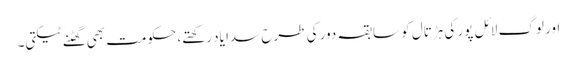
اور لوگ لائل پور کی ہڑتال کو سابقہ دور کی طرح سدا یاد رکھتے، حکومت بھی گھٹنے ٹیکتی۔